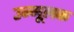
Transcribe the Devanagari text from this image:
उन्मूलक